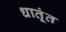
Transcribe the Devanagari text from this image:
धातूंत